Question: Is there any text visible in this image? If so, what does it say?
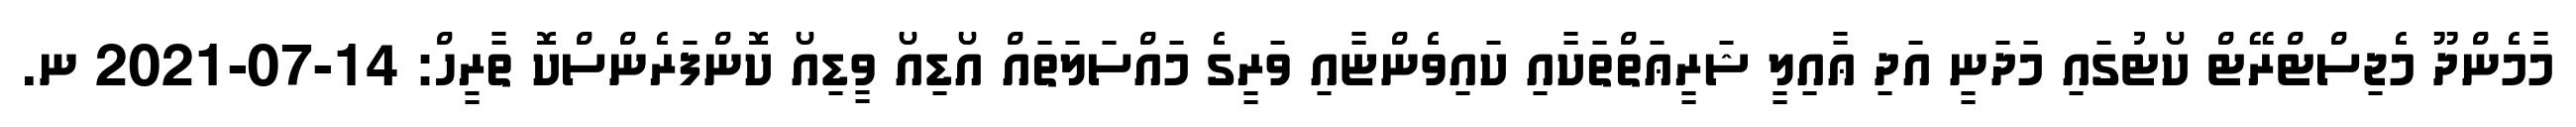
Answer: މާމެންދޫ މެޖިސްޓްރޭޓް ކޯޓުގައި މަދަނީ އަދި ޢާއިލީ ޝަރީޢަތްތަކާއި ކައިވެންޏާއި ވަރީގެ މައްސަލަތައް އޯޑިއޯ ވީޑިއޯ ކޮންފަރެންސްކޮ ތާރީހް: 14-07-2021 ނ.